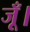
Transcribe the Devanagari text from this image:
जूँ।